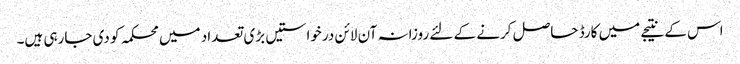
اس کے نتیجے میں کارڈ حاصل کرنے کے لئے روزانہ آن لائن درخواستیں بڑی تعداد میں محکمہ کو دی جارہی ہیں۔